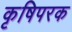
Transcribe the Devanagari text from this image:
कृषिपरक